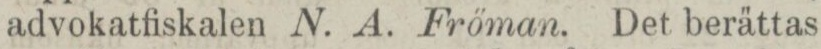
advokatfiskalen N. A. Fröman. Det berättas